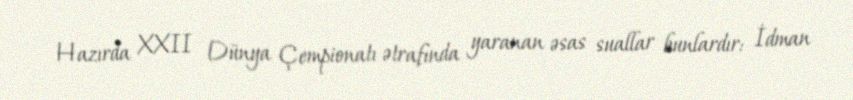
Hazırda XXII Dünya Çempionatı ətrafında yaranan əsas suallar bunlardır: İdman